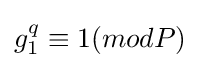
g_{1}^{q}\equiv 1(modP)